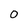
Character: 0